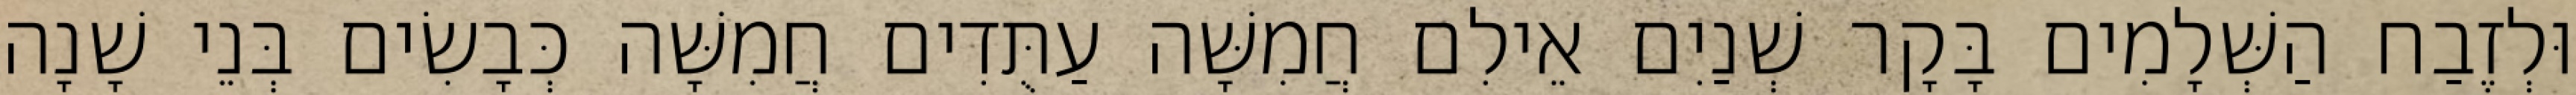
וּלְזֶבַח הַשְּׁלָמִים בָּקָר שְׁנַיִם אֵילִם חֲמִשָּׁה עַתֻּדִים חֲמִשָּׁה כְּבָשִׂים בְּנֵי שָׁנָה